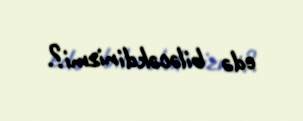
edə biləcəkdinizmi?.